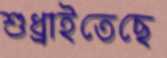
শুধ্‌রাইতেছে